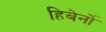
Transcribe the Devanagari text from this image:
हिबेर्नो